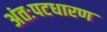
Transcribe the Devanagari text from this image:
अंतःपटधारण